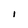
Character: I